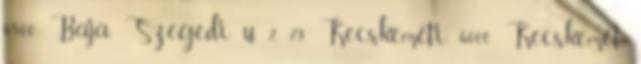
6500 Baja, Szegedi u. 2., 79 Kecskeméti 6000 Kecskemét,